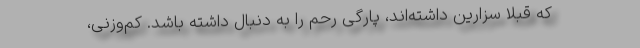
که قبلا سزارین داشته‌اند، پارگی رحم را به دنبال داشته باشد. کم‌وزنی،